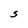
Character: S